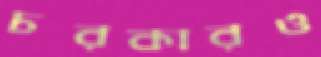
চরকারও